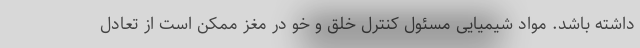
داشته باشد. مواد شیمیایی مسئول کنترل خلق و خو در مغز ممکن است از تعادل